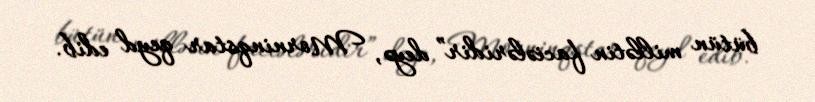
bütün millətin faciələridir” deyə, Morninqstar qeyd edib.